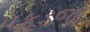
પકડજો